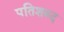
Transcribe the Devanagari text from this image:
पतिशब्द